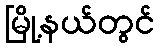
မြို့နယ်တွင်